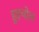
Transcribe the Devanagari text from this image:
हुइचोल